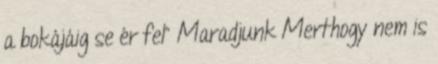
a bokájáig se ér fel” Maradjunk Merthogy nem is